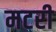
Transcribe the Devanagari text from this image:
मटरी